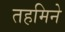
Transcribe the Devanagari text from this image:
तहमिने